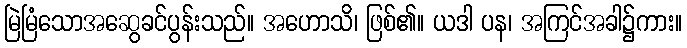
မြဲမြံသောအဆွေခင်ပွန်းသည်။ အဟောသိ၊ ဖြစ်၏။ ယဒါ ပန၊ အကြင်အခါ၌ကား။